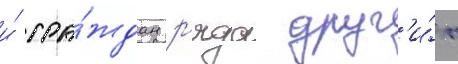
и́ гра́ждан р'яда друг'и́х